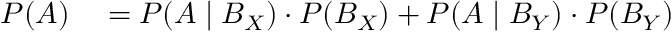
\begin{array} { r l } { P ( A ) } & { { } = P ( A \mid B _ { X } ) \cdot P ( B _ { X } ) + P ( A \mid B _ { Y } ) \cdot P ( B _ { Y } ) } \end{array}